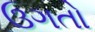
ઉગતો